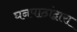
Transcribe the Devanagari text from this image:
घनपाठांद्वारा